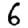
Digit: 6